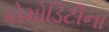
કોમોડિટીના